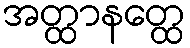
အတ္ထာနတ္ထေ